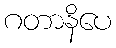
ဂတာနိပေ